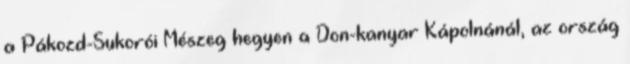
a Pákozd-Sukorói Mészeg hegyen a Don-kanyar Kápolnánál, az ország